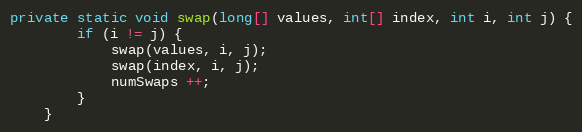
Language: Java
private static void swap(long[] values, int[] index, int i, int j) {
        if (i != j) {
            swap(values, i, j);
            swap(index, i, j);
            numSwaps ++;
        }
    }